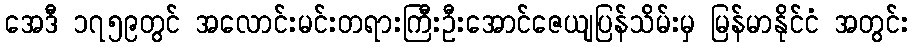
အေဒီ ၁၇၅၉တွင် အလောင်းမင်းတရားကြီးဦးအောင်ဇေယျပြန်သိမ်းမှ မြန်မာနိုင်ငံ အတွင်း